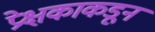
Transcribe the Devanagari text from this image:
प्रेक्षकाकडून